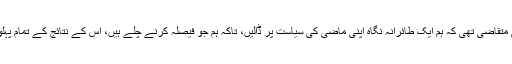
حالات کی سنگینی اس بات کی متقاضی تھی کہ ہم ایک طائرانہ نگاہ اپنی ماضی کی سیاست پر ڈالیں، تاکہ ہم جو فیصلہ کرنے چلے ہیں، اس کے نتائج کے تمام پہلوﺅں پر اچھی طرح غور کرلیں۔